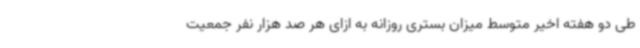
طی دو هفته اخیر متوسط میزان بستری روزانه به ازای هر صد هزار نفر جمعیت